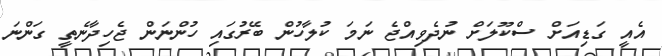
އެއީ ގަޑިއަށް ސްކޫލަށް ނުދެވިއްޖެ ނަމަ ކުލާހުން ބޭރުގައި ހުންނަން ޖެހިދާނެތީ ގަންނަ